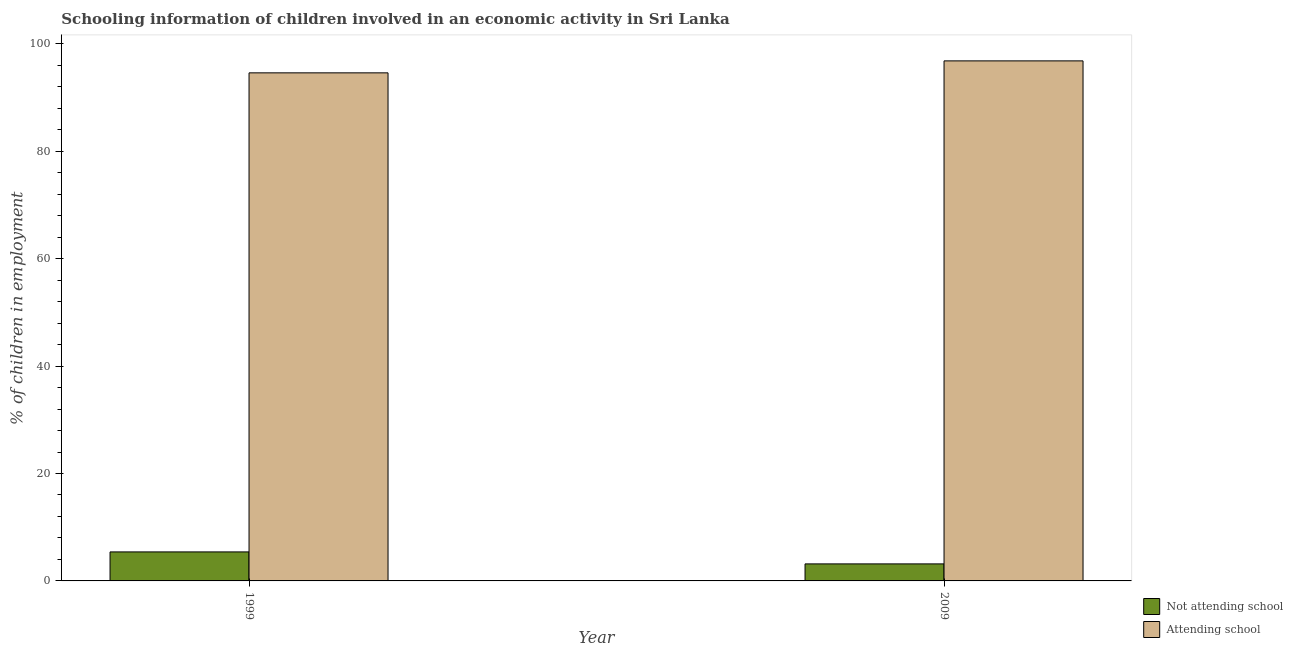
| Year | Not attending school | Attending school |
 | --- | --- | --- |
 | 1999 | 5.4 | 94.6 |
 | 2009 | 3.17 | 96.8 |